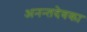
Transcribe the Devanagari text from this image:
अनन्तदेवका